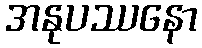
အနုပဿနော